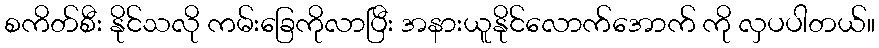
စကိတ်စီး နိုင်သလို ကမ်းခြေကိုလာပြီး အနားယူနိုင်လောက်အောက် ကို လှပပါတယ်။